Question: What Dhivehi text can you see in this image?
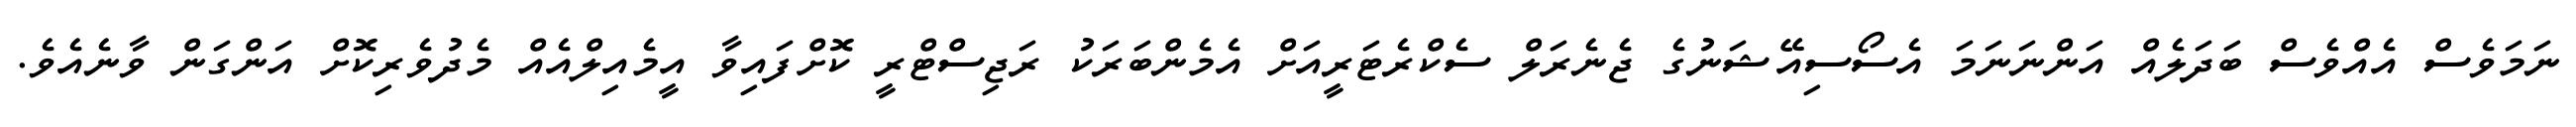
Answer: ނަމަވެސް އެއްވެސް ބަދަލެއް އަންނަނަމަ އެސޯސިއޭޝަނުގެ ޖެނެރަލް ސެކްރެޓަރީއަށް އެމެންބަރަކު ރަޖިސްޓްރީ ކޮށްފައިވާ އީމެއިލްއެއް މެދުވެރިކޮށް އަންގަން ވާނެއެވެ.